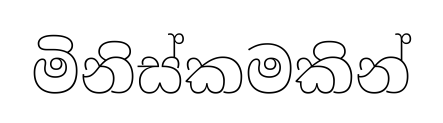
මිනිස්කමකින්